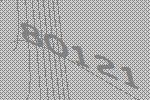
80121